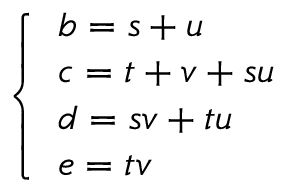
\left\{ { \begin{array} { l } { b = s + u } \\ { c = t + v + s u } \\ { d = s v + t u } \\ { e = t v } \end{array} } \right.